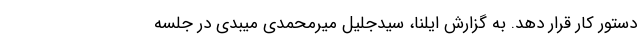
دستور کار قرار دهد. به گزارش ایلنا، سیدجلیل میرمحمدی میبدی در جلسه